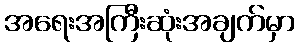
အရေးအကြီးဆုံးအချက်မှာ